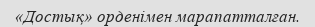
«Достық» орденімен марапатталған.